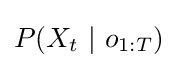
P(X_{t}\ |\ o_{1:T})